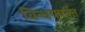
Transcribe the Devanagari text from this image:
विन्धयपर्वत